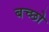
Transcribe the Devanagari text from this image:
बच्छो